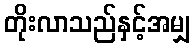
တိုးလာသည်နှင့်အမျှ